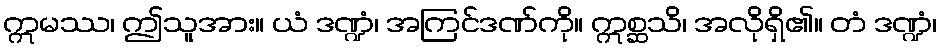
ဣမဿ၊ ဤသူအား။ ယံ ဒဏ္ဍံ၊ အကြင်ဒဏ်ကို။ ဣစ္ဆသိ၊ အလိုရှိ၏။ တံ ဒဏ္ဍံ၊